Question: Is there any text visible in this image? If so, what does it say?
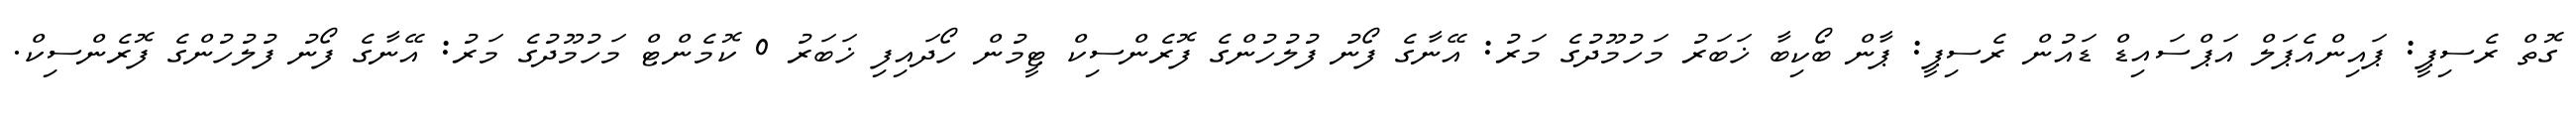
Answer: ގޮތް ރެސިޕީ: ޕައިންއެޕަލް އަޕްސައިޑް ޑައުން ރެސިޕީ: ޕާން ބޯކިބާ ޚަބަރު މަހުމޫދުގެ މަރު: އޭނާގެ ފޯނު ފުލުހުންގެ ފޮރެންސިކް ޓީމުން ހޯދައިފި ޚަބަރު 0 ކޮމެންޓް މަހުމޫދުގެ މަރު: އޭނާގެ ފޯނު ފުލުހުންގެ ފޮރެންސިކް.